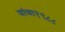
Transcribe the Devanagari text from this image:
यांचा१९८८